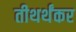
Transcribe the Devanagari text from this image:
तीथर्थंकर